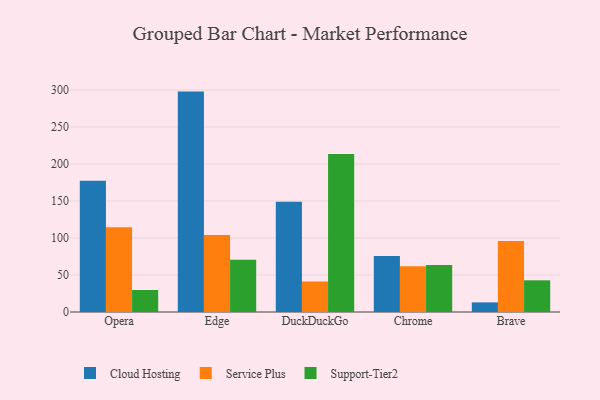
{"axis": {"x": "Browser", "y": "Waste Production (Tons)"}, "legend": ["Cloud Hosting", "Service Plus", "Support-Tier2"], "data": [{"x": "Opera", "y": 177.4, "type": "Cloud Hosting"}, {"x": "Opera", "y": 114.4, "type": "Service Plus"}, {"x": "Opera", "y": 29.7, "type": "Support-Tier2"}, {"x": "Edge", "y": 297.8, "type": "Cloud Hosting"}, {"x": "Edge", "y": 104.1, "type": "Service Plus"}, {"x": "Edge", "y": 70.5, "type": "Support-Tier2"}, {"x": "DuckDuckGo", "y": 148.8, "type": "Cloud Hosting"}, {"x": "DuckDuckGo", "y": 41.2, "type": "Service Plus"}, {"x": "DuckDuckGo", "y": 213.6, "type": "Support-Tier2"}, {"x": "Chrome", "y": 75.5, "type": "Cloud Hosting"}, {"x": "Chrome", "y": 61.7, "type": "Service Plus"}, {"x": "Chrome", "y": 63.4, "type": "Support-Tier2"}, {"x": "Brave", "y": 13.0, "type": "Cloud Hosting"}, {"x": "Brave", "y": 95.8, "type": "Service Plus"}, {"x": "Brave", "y": 42.8, "type": "Support-Tier2"}]}